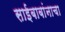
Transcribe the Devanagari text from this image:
साईबाबांनाचा